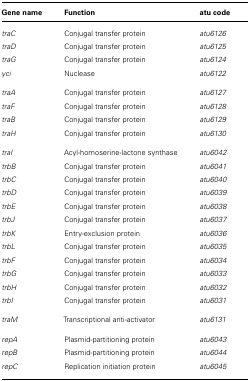
<table><thead><tr><td><b>Gene name</b></td><td><b>Function</b></td><td><b>atu code</b></td></tr></thead><tbody><tr><td><i>traC</i></td><td>Conjugal transfer protein</td><td><i>atu6126</i></td></tr><tr><td><i>traD</i></td><td>Conjugal transfer protein</td><td><i>atu6125</i></td></tr><tr><td><i>traG</i></td><td>Conjugal transfer protein</td><td><i>atu6124</i></td></tr><tr><td><i>yci</i></td><td>Nuclease</td><td><i>atu6122</i></td></tr><tr><td><i>traA</i></td><td>Conjugal transfer protein</td><td><i>atu6127</i></td></tr><tr><td><i>traF</i></td><td>Conjugal transfer protein</td><td><i>atu6128</i></td></tr><tr><td><i>traB</i></td><td>Conjugal transfer protein</td><td><i>atu6129</i></td></tr><tr><td><i>traH</i></td><td>Conjugal transfer protein</td><td><i>atu6130</i></td></tr><tr><td><i>traI</i></td><td>Acyl-homoserine-lactone synthase</td><td><i>atu6042</i></td></tr><tr><td><i>trbB</i></td><td>Conjugal transfer protein</td><td><i>atu6041</i></td></tr><tr><td><i>trbC</i></td><td>Conjugal transfer protein</td><td><i>atu6040</i></td></tr><tr><td><i>trbD</i></td><td>Conjugal transfer protein</td><td><i>atu6039</i></td></tr><tr><td><i>trbE</i></td><td>Conjugal transfer protein</td><td><i>atu6038</i></td></tr><tr><td><i>trbJ</i></td><td>Conjugal transfer protein</td><td><i>atu6037</i></td></tr><tr><td><i>trbK</i></td><td>Entry-exclusion protein</td><td><i>atu6036</i></td></tr><tr><td><i>trbL</i></td><td>Conjugal transfer protein</td><td><i>atu6035</i></td></tr><tr><td><i>trbF</i></td><td>Conjugal transfer protein</td><td><i>atu6034</i></td></tr><tr><td><i>trbG</i></td><td>Conjugal transfer protein</td><td><i>atu6033</i></td></tr><tr><td><i>trbH</i></td><td>Conjugal transfer protein</td><td><i>atu6032</i></td></tr><tr><td><i>trbI</i></td><td>Conjugal transfer protein</td><td><i>atu6031</i></td></tr><tr><td><i>traM</i></td><td>Transcriptional anti-activator</td><td><i>atu6131</i></td></tr><tr><td><i>repA</i></td><td>Plasmid-partitioning protein</td><td><i>atu6043</i></td></tr><tr><td><i>repB</i></td><td>Plasmid-partitioning protein</td><td><i>atu6044</i></td></tr><tr><td><i>repC</i></td><td>Replication initiation protein</td><td><i>atu6045</i></td></tr></tbody></table>